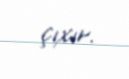
çıxır.